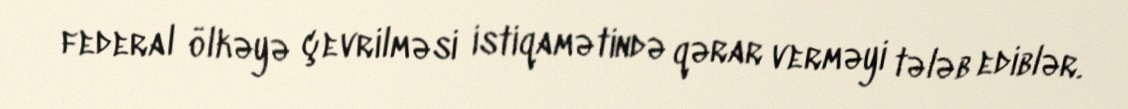
federal ölkəyə çevrilməsi istiqamətində qərar verməyi tələb ediblər.